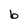
Character: b